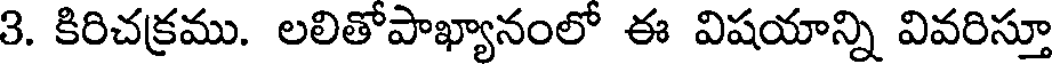
3. కిరిచక్రము. లలితోపాఖ్యానంలో ఈ విషయాన్ని వివరిస్తూ